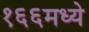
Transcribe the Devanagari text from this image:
१६६मध्ये